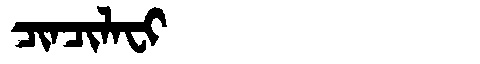
Manchu: ᠴᡳᠨᠴᡳᠯᠠᠸᡳ
Romanization: CINCILAFI